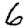
Digit: 6